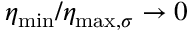
\eta _ { \mathrm { m i n } } / \eta _ { \mathrm { m a x , } \sigma } \to 0